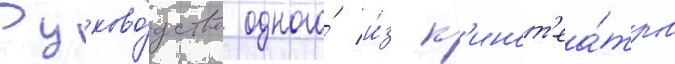
Руково́дство одного́ и́з к'инот'еа́тров